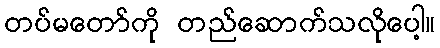
တပ်မတော်ကို တည်ဆောက်သလိုပေါ့။